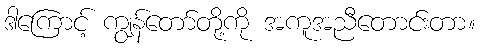
ဒါကြောင့် ကျွန်တော်တို့ကို အကူအညီတောင်းတာ။